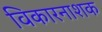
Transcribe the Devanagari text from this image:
विकारनाशक